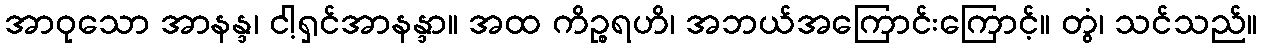
အာဝုသော အာနန္ဒ၊ ငါ့ရှင်အာနန္ဒာ။ အထ ကိဉ္စရဟိ၊ အဘယ်အကြောင်းကြောင့်။ တွံ၊ သင်သည်။